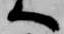
へ